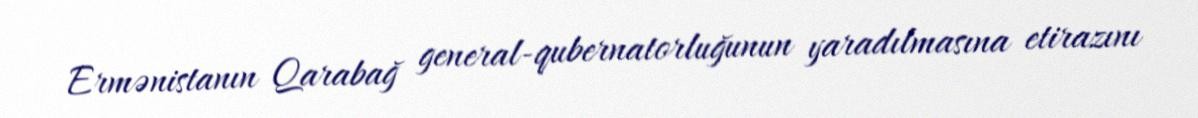
Ermənistanın Qarabağ general-qubernatorluğunun yaradılmasına etirazını